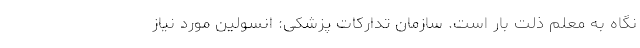
نگاه به معلم ذلت بار است. سازمان تدارکات پزشکی: انسولین مورد نیاز